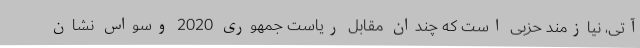
آتی، نیازمند حزبی است که چندان مقابل ریاست جمهوری 2020 وسواس نشان